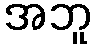
အဘူ